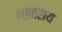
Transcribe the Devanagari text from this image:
थानराय